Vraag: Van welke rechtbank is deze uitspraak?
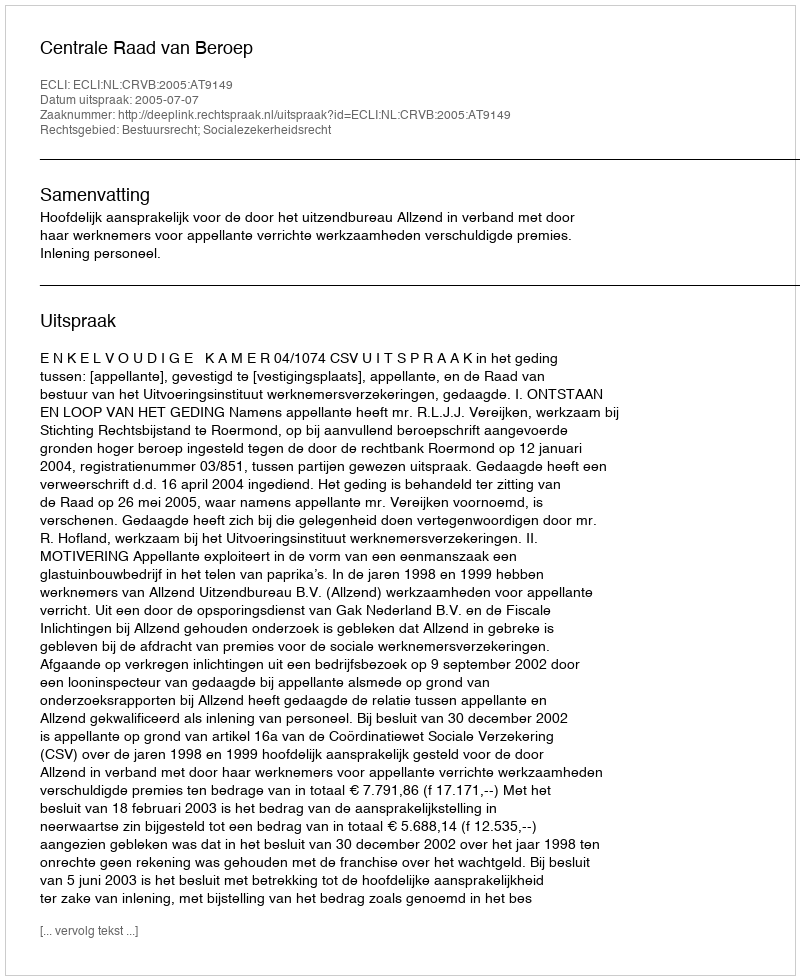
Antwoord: Centrale Raad van Beroep